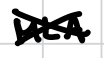
Text: MLA
Cross-out: cross
Writing tool: digital_black